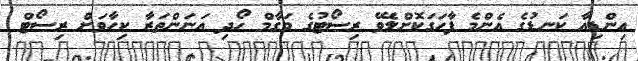
އިންޑިއާ ކަނޑުގެ އެންމެ ފާހަގަކޮށްލެވޭ ރިސޯޓުގެ މަގާމް ހޯދި އަނަންތަރާ ކިހާވަށް ރިސޯޓް